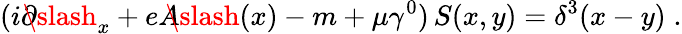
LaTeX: (i\partial\! \! \! \slash_{x}+eA\! \! \! \slash(x)-m+\mu\gamma^{0})\, S(x,y)=\delta^{3}(x-y)\; .